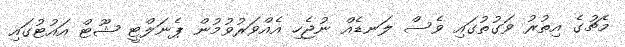
މެޗުގެ އިތުރު ވަގުތުގައި ވެސް ލަނޑެއް ނުޖެހި އެއްވަރުވުމުން ޕެނަލްޓީ ޝޫޓް އައުޓުގައި